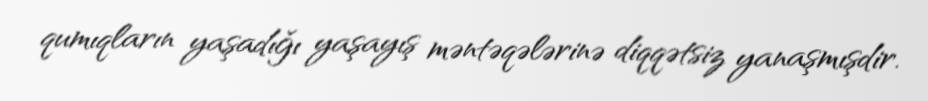
qumıqların yaşadığı yaşayış məntəqələrinə diqqətsiz yanaşmışdir.